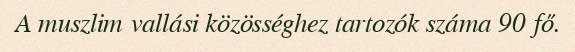
A muszlim vallási közösséghez tartozók száma 90 fő.